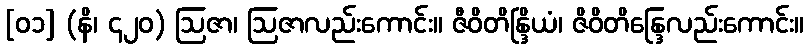
[၀၁] (နိ၊ ၄၂၀) ဩဇာ၊ ဩဇာလည်းကောင်း။ ဇီဝိတိန္ဒြိယံ၊ ဇိဝိတိန္ဒြေလည်းကောင်း။